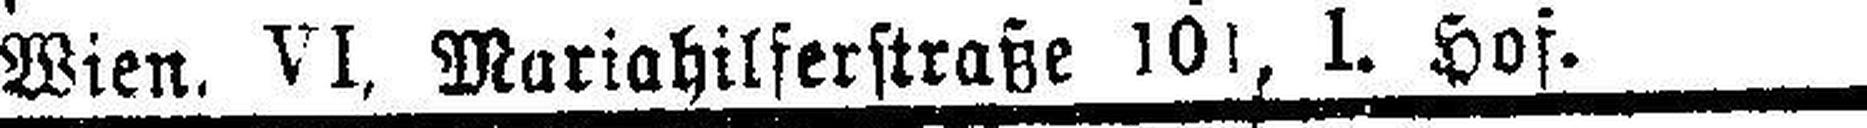
Wien. VI, Mariahilferstraße 101, 1. Hof.